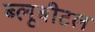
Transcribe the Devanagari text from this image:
ब्‍लूबीटल